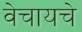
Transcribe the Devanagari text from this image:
वेचायचे